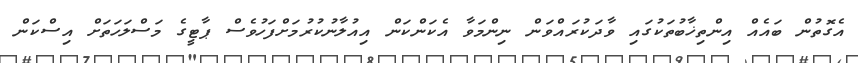
އެގޮތުން ބައެއް އިންތިޚާބުތަކުގައި ވާދަކުރައްވަން ނިންމަވާ އެކަންކަން އިއުލާނުކުރުމަށްފަހުވެސް ޕާޓީގެ މަސްލަހަތަށް އިސްކަން